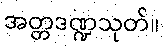
အတ္တဒဏ္ဍသုတ်။